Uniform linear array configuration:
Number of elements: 12
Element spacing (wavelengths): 0.75
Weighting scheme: hamming
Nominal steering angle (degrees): -30
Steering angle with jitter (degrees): -31.536
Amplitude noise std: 0.05
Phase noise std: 0.05

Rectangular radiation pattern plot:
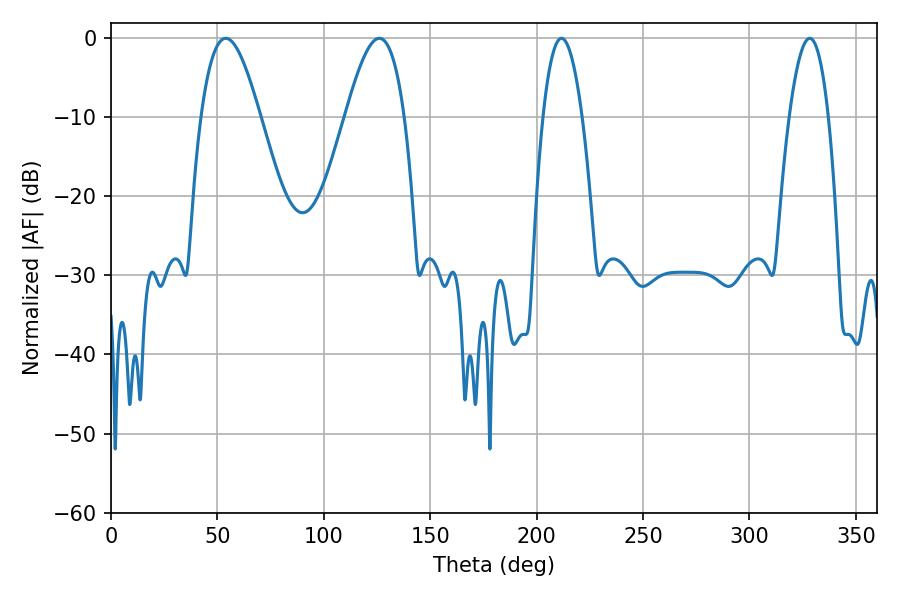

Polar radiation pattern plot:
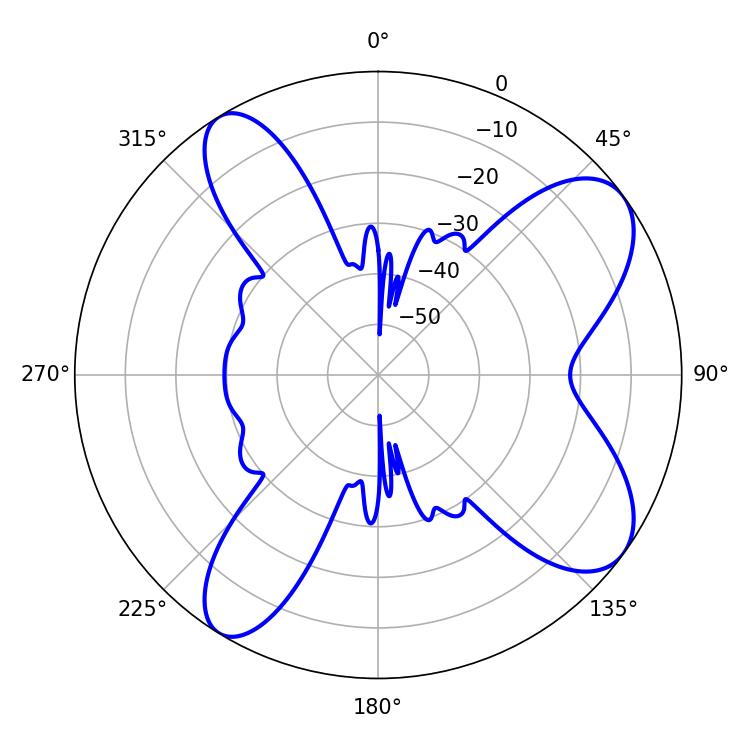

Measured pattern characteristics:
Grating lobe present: TRUE
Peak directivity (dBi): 8.721
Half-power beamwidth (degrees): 10.08
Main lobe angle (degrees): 211.68